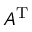
A ^ { \mathrm { T } }